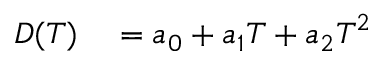
\begin{array} { r l } { D ( T ) } & { { } = a _ { 0 } + a _ { 1 } T + a _ { 2 } T ^ { 2 } } \end{array}